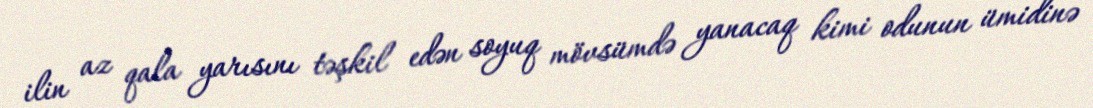
ilin az qala yarısını təşkil edən soyuq mövsümdə yanacaq kimi odunun ümidinə